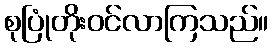
စုပြုံတိုးဝင်လာကြသည်။